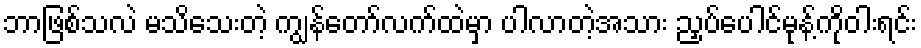
ဘာဖြစ်သလဲ မသိသေးတဲ့ ကျွန်တော်လက်ထဲမှာ ပါလာတဲ့အသား ညှပ်ပေါင်မုန့်ကိုဝါးရင်း